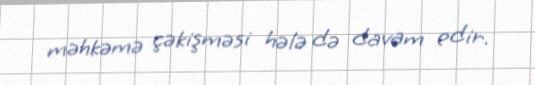
məhkəmə çəkişməsi hələ də davam edir.